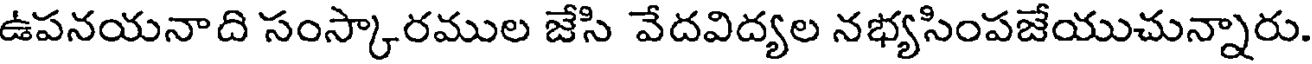
ఉపనయనాది సంస్కారముల జేసి వేదవిద్యల నభ్యసింపజేయుచున్నారు.